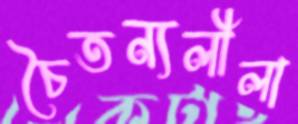
চৈতন্যলীলা